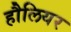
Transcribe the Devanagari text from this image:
हौलियर